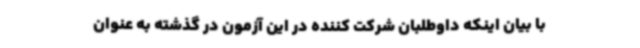
با بیان اینکه داوطلبان شرکت کننده در این آزمون در گذشته به عنوان